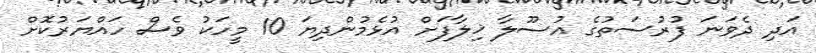
އަދި ދެވަނަ ފުރުސަތުގެ އުސޫލާ ޚިލާފަށް އުޅެމުންދިޔަ 10 މީހަކު ވެސް ހައްޔަރުކޮށް